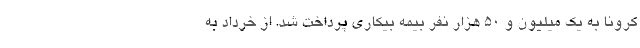
کرونا به یک میلیون و ۵۰ هزار نفر بیمه بیکاری پرداخت شد. از خرداد به